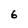
Character: 6